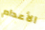
الأعدام